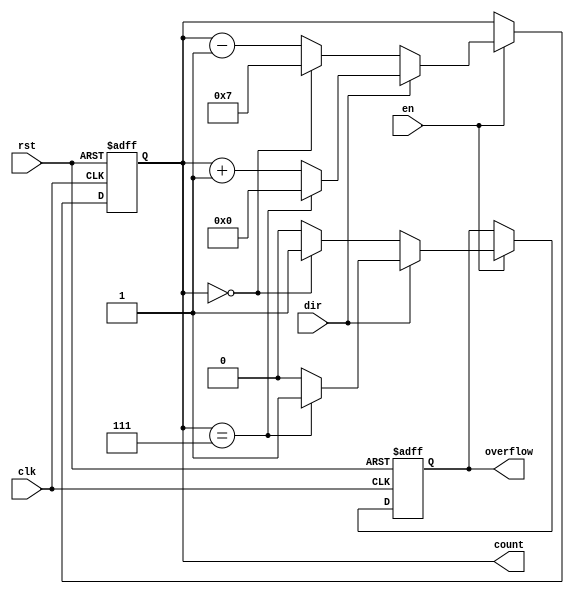
module modulus_counter #(
    parameter N = 8 // Define modulus value (N)
) (
    input wire clk,          // Clock signal
    input wire rst,          // Active-high reset signal
    input wire en,           // Active-high enable signal
    input wire dir,          // Direction control signal (1 = up, 0 = down)
    output reg [N-1:0] count, // Current count value
    output reg overflow      // Overflow signal
);

    // Initialize the count and overflow outputs
    initial begin
        count = 0;
        overflow = 0;
    end

    // Always block triggered on clock rising edge
    always @(posedge clk or posedge rst) begin
        if (rst) begin
            count <= 0;         // Reset count to 0
            overflow <= 0;      // Clear overflow signal
        end else if (en) begin
            if (dir) begin
                // Counting up
                if (count == N-1) begin
                    count <= 0;  // Reset to 0 when reaching N
                    overflow <= 1; // Set overflow signal
                end else begin
                    count <= count + 1; // Increment count
                    overflow <= 0; // Clear overflow signal
                end
            end else begin
                // Counting down
                if (count == 0) begin
                    count <= N-1; // Wrap around to N-1
                    overflow <= 1; // Set overflow signal
                end else begin
                    count <= count - 1; // Decrement count
                    overflow <= 0; // Clear overflow signal
                end
            end
        end
    end

endmodule